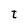
Character: t